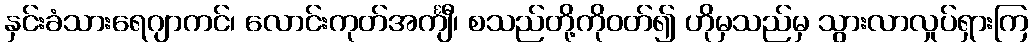
နှင်းခံသားရေဂျာကင်၊ လောင်းကုတ်အင်္ကျီ၊ စသည်တို့ကိုဝတ်၍ ဟိုမှသည်မှ သွားလာလှုပ်ရှားကြ